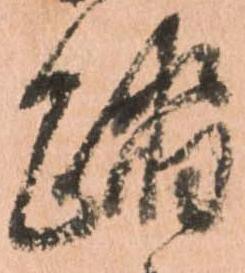
踏